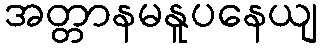
အတ္တာနမနူပနေယျ